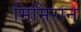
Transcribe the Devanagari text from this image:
मिर्मिरान